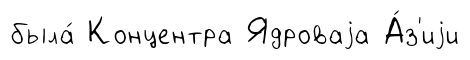
была́ Концентра Ядроваjа А́з'иjи